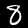
Label: 8